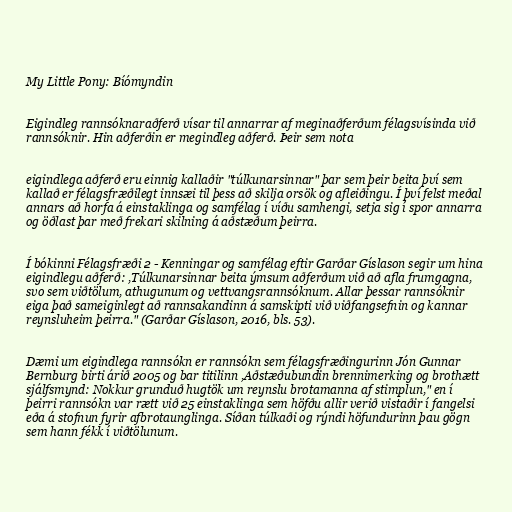
My Little Pony: Bíómyndin

Eigindleg rannsóknaraðferð vísar til annarrar af meginaðferðum félagsvísinda við
rannsóknir. Hin aðferðin er megindleg aðferð. Þeir sem nota

eigindlega aðferð eru einnig kallaðir "túlkunarsinnar" þar sem þeir beita því sem
kallað er félagsfræðilegt innsæi til þess að skilja orsök og afleiðingu. Í því felst meðal
annars að horfa á einstaklinga og samfélag í víðu samhengi, setja sig í spor annarra
og öðlast þar með frekari skilning á aðstæðum þeirra.

Í bókinni Félagsfræði 2 - Kenningar og samfélag eftir Garðar Gíslason segir um hina
eigindlegu aðferð: ,Túlkunarsinnar beita ýmsum aðferðum við að afla frumgagna,
svo sem viðtölum, athugunum og vettvangsrannsóknum. Allar þessar rannsóknir
eiga það sameiginlegt að rannsakandinn á samskipti við viðfangsefnin og kannar
reynsluheim þeirra." (Garðar Gíslason, 2016, bls. 53).

Dæmi um eigindlega rannsókn er rannsókn sem félagsfræðingurinn Jón Gunnar
Bernburg birti árið 2005 og bar titilinn ,Aðstæðubundin brennimerking og brothætt
sjálfsmynd: Nokkur grunduð hugtök um reynslu brotamanna af stimplun," en í
þeirri rannsókn var rætt við 25 einstaklinga sem höfðu allir verið vistaðir í fangelsi
eða á stofnun fyrir afbrotaunglinga. Síðan túlkaði og rýndi höfundurinn þau gögn
sem hann fékk í viðtölunum.